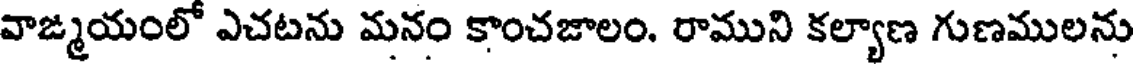
వాఙ్మయంలో ఎచటను మనం కాంచజాలం. రాముని కల్యాణ గుణములను